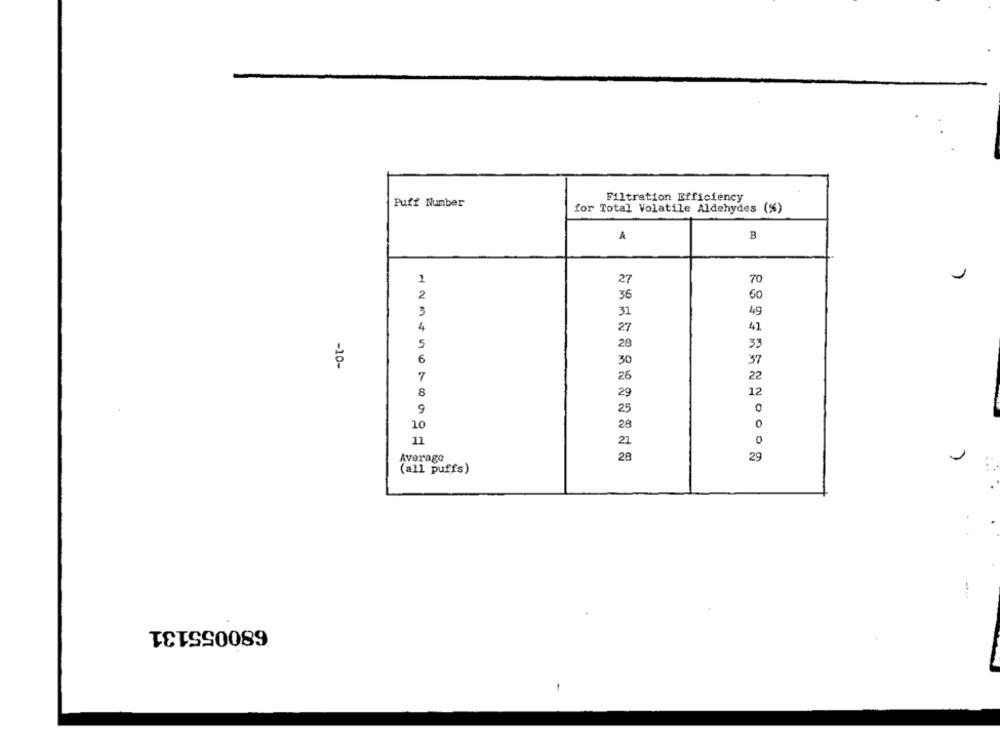
Filtration Efficiency
Puff Number
for Total Volatile Aldehydes (%)
A
B
1
7
27
70
2
36
60
3
31
49
4
27
41
5
28
33
6
30
37
-10-
7
26
22
8
12
9
0
10
0
11
0
28
29
Average
(all puffs)
680055131